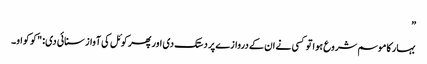
”
بہار کا موسم شروع ہوا تو کسی نے ان کے دروازے پر دستک دی اور پھر کوئل کی آواز سنائی دی: "کو کواو۔